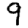
Digit: 9